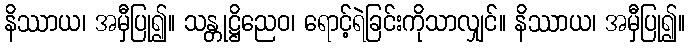
နိဿာယ၊ အမှီပြု၍။ သန္တုဋ္ဌိညေဝ၊ ရောင့်ရဲခြင်းကိုသာလျှင်။ နိဿာယ၊ အမှီပြု၍။